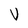
Character: V